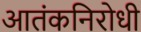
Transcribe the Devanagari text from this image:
आतंकनिरोधी